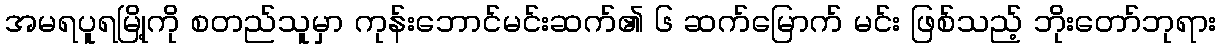
အမရပူရမြို့ကို စတည်သူမှာ ကုန်းဘောင်မင်းဆက်၏ ၆ ဆက်မြောက် မင်း ဖြစ်သည့် ဘိုးတော်ဘုရား